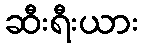
ဆီးရီးယား